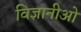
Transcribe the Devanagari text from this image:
विज्ञानीओ